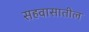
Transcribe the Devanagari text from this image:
सहवासातील